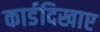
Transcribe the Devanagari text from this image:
कार्डदिखाए